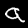
Label: 9